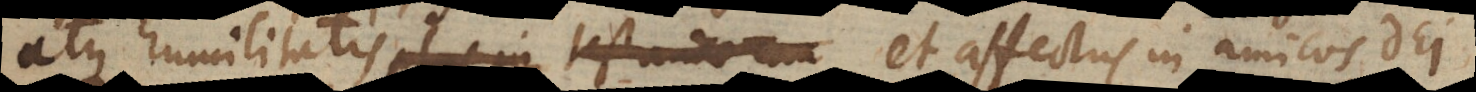
atque humilitatis et affectus in amicos Dei